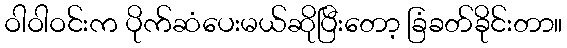
ဝါဝါဝင်းက ပိုက်ဆံပေးမယ်ဆိုပြီးတော့ ခြံခတ်ခိုင်းတာ။